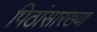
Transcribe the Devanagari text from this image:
पिठांसारख्या